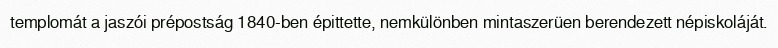
templomát a jaszói prépostság 1840-ben épittette, nemkülönben mintaszerüen berendezett népiskoláját.